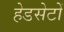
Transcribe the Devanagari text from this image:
हेडसेटों